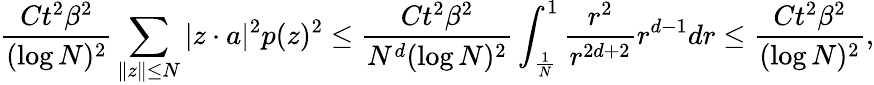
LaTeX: \frac{Ct^{2}\beta^{2}}{(\log N)^{2}}\sum_{\| z\| \leq N}|z\cdot a|^{2}p(z)^{2}\leq\frac{Ct^{2}\beta^{2}}{N^{d}(\log N)^{2}}\int_{\frac{1}{N}}^{1}\frac{r^{2}}{r^{2d+2}}r^{d-1}dr\leq\frac{Ct^{2}\beta^{2}}{(\log N)^{2}},